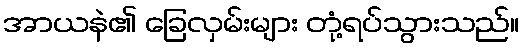
အာယနဲ၏ ခြေလှမ်းများ တုံ့ရပ်သွားသည်။